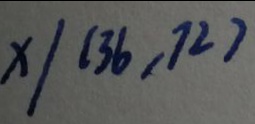
x / ( 3 6 , 7 2 )